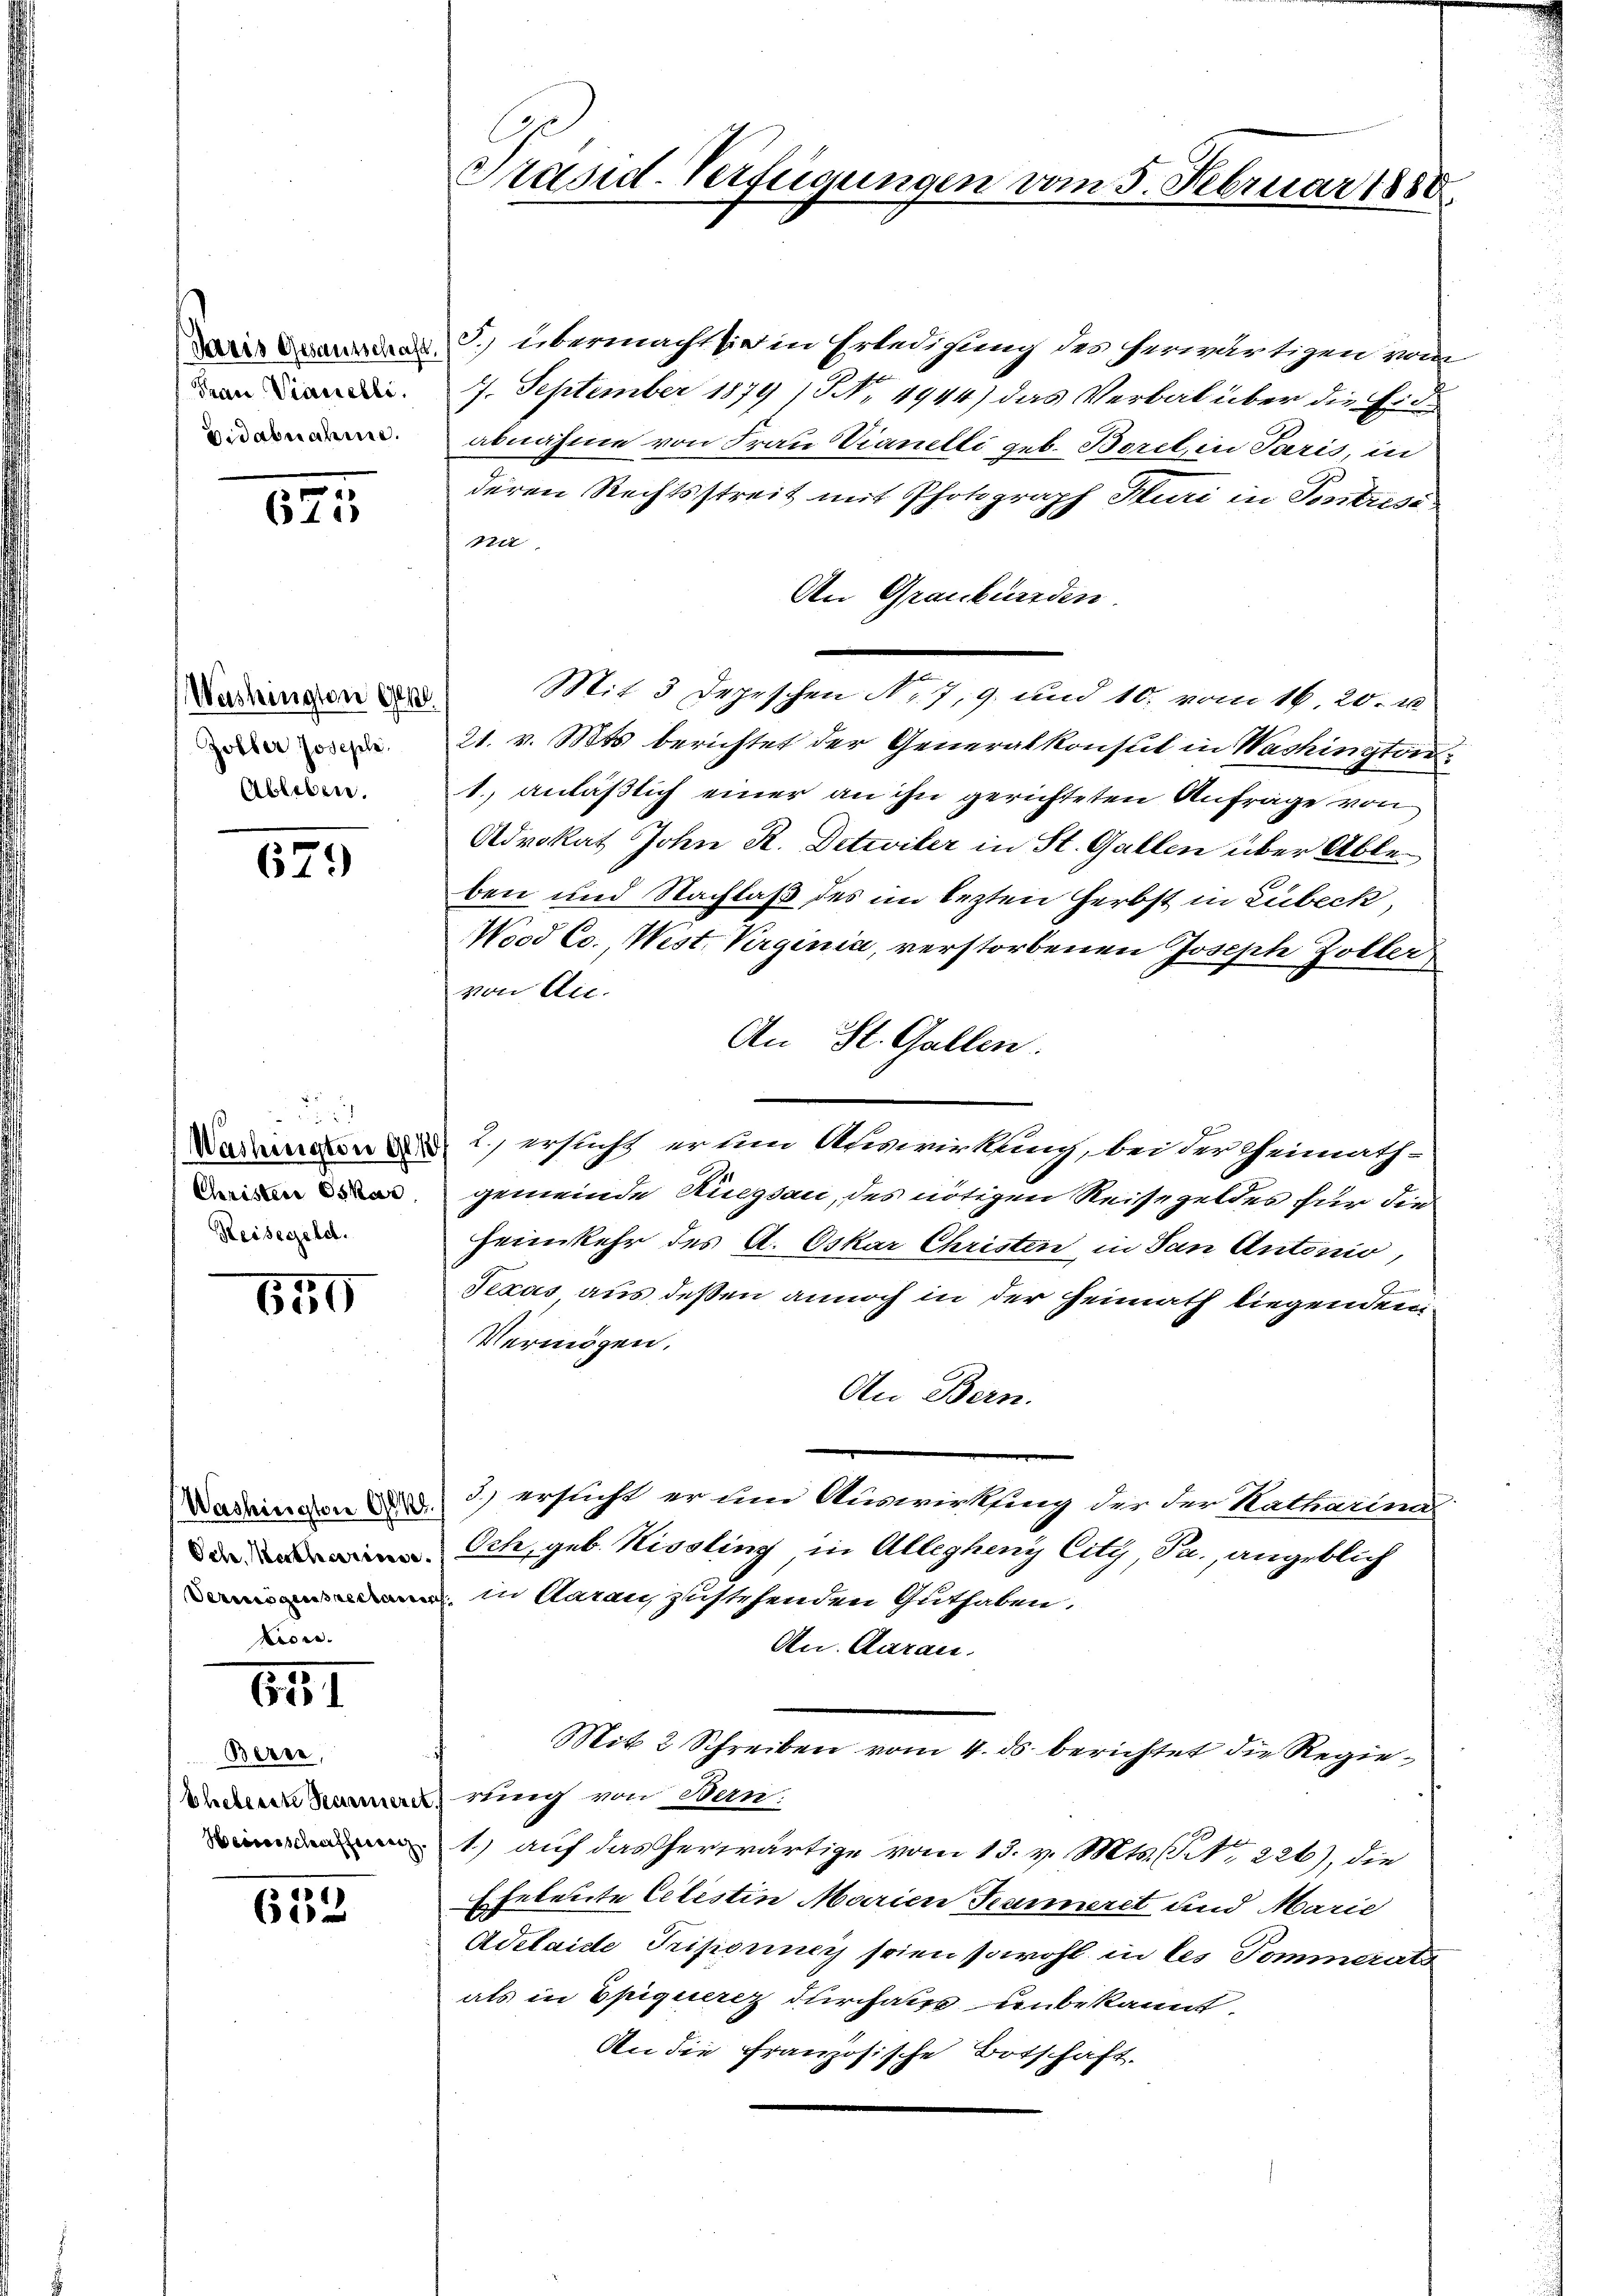
Paris Gesantschaft
Frau Viauebli
Bidabnahme.

673

Washingten Gen
Zobler Josephe.
Ableben.

629

Christen Oskar
Reisegeld.

659

Och. Katharinne.
Pron.

881

Berne,
sheberste Secunieret
Heiserschaffeesetz

612

Präsid-Verfügungen vom 5. Februar 1880

3. übermacht ein Erledigung des herwärtigen vom
4. September 1879 (S. 4944) das Verbal über die Eidabnahme von Frau Vianelli geb. Borel, in Paris, in
deren Rechtsstreit mit Photograph Muri in Sentrisi
na
An Graubünden.
Mit 3 Depeschen Nr. 7, 9. und 10. vom 16. 20. u
21. v. Mts. berichtet der Generalkonsul in Wachington¬
1. anläßlich einer an ihn gerichteten Anfrage von
Advokat John R. Detiviter in St. Gallen über Ableben und Nachlaß des im lezten Herbst in Lübeck
Nood Cc., West. Virginia, verstorbenen Joseph Zöller
von An-
An St. Gallen.
Nammann 2 ersticht er um Auswirkung, bei der Theimath-
gemeinde Riegsau, des nötigen Reisegeldes für die
heimkehr des A. Oskar Christen in San Antonio,
Texas aus deßen annoch in der Heimath liegenden
Vermögen.
An Bern.
Washingten 880) 3 ersucht er um Auswirkung der der Katharinn
Och, geb. Kissling in Allegheny City, Pa., angeblich
 in Aarau, zustehenden Guthaben.
Au. Aarau
Mit 2 Schreiben vom 4. ds berichtet die Regierung von Bern:
1.) auf das herwärtige vom 13. v. Mts. S. 226), die
Eheleute Celestin Marien Tanneret und Marie
Adelaide Triporney seien sowohl in les Pommerats
als in Epiquerez durchaus unbekannt
An die Französische Botschaft.